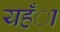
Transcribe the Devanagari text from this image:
यहँा